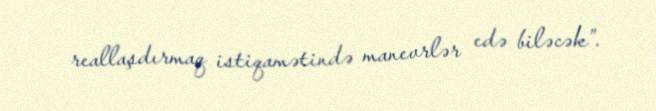
reallaşdırmaq istiqamətində manevrlər edə biləcək”.